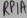
Text: RP1A